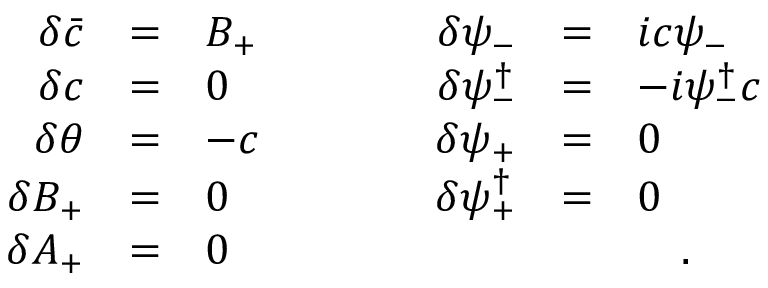
\begin{array} { r c l c r c l } { { \delta \bar { c } } } & { { = } } & { { B _ { + } } } & { { \quad \quad } } & { { \delta \psi _ { - } } } & { { = } } & { { i c \psi _ { - } \nonumber } } \\ { { \delta c } } & { { = } } & { { 0 } } & { { \quad \quad } } & { { \delta \psi _ { - } ^ { \dag } } } & { { = } } & { { - i \psi _ { - } ^ { \dag } c \nonumber } } \\ { { \delta \theta } } & { { = } } & { { - c } } & { { \quad \quad } } & { { \delta \psi _ { + } } } & { { = } } & { { 0 \nonumber } } \\ { { \delta B _ { + } } } & { { = } } & { { 0 } } & { { \quad \quad } } & { { \delta \psi _ { + } ^ { \dag } } } & { { = } } & { { 0 \nonumber } } \\ { { \delta A _ { + } } } & { { = } } & { { 0 } } & { { } } & { { } } & { { } } & { { \quad . } } \end{array}